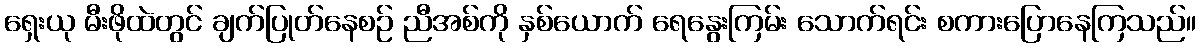
ရှေးယု မီးဖိုထဲတွင် ချက်ပြုတ်နေစဉ် ညီအစ်ကို နှစ်ယောက် ရေနွေးကြမ်း သောက်ရင်း စကားပြောနေကြသည်။